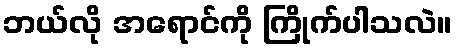
ဘယ်လို အရောင်ကို ကြိုက်ပါသလဲ။